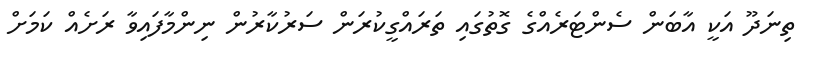
ތިނަދޫ އަކީ އާބަން ސެންޓަރެއްގެ ގޮތުގައި ތަރައްގީކުރަން ސަރުކާރުން ނިންމާފައިވާ ރަށެއް ކަމަށް